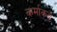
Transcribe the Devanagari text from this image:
कर्माकडे